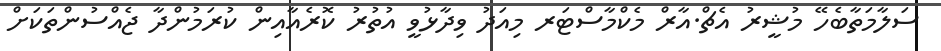
ސަލާމަތާބެހޭ މުޝީރު އެޗް.އާރް މެކްމާސްޓަރ މިއަދު ވިދާޅުވީ އުތުރު ކޮރެއާއިން ކުރަމުންދާ ޖެއްސުންތަކަށް